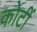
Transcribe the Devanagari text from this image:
कोटीं